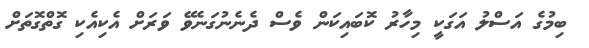
ބިމުގެ އަސްލު އަގަކީ މިހާރު ކޮބައިކަން ވެސް ދެނެނުގަނެވޭ ވަރަށް އެކިއެކި ގޮތްގޮތަށް